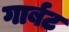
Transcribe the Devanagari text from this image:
गार्बट